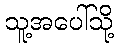
သူ့အပေါ်သို့